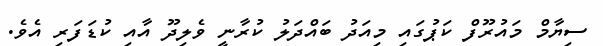
ސިޔާމް މައުރޫފް ކަޕުގައި މިއަދު ބައްދަލު ކުރާނީ ވެލިދޫ އާއި ކުޑަފަރި އެވެ.